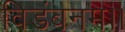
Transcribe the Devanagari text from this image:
विडंबनम।।